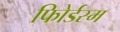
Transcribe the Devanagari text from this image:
फोिर्डस्म